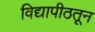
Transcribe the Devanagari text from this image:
विद्यापीठतून